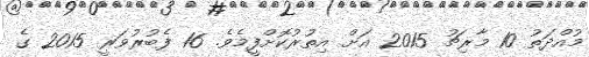
މުއްދަތު 10 މާރިޗު 2015 އަށް އިތުރުކޮށްފީމެވެ. 16 ފެބުރުވަރީ 2015 ގެ